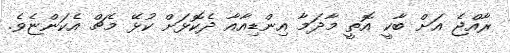
ރާއްޖެ އަށް ބާކީ އޮތީ މާދަމާ އިންޑިއާއާ ދެކޮޅަށް ކުޅޭ މެޗް އެކަންޏެވެ.